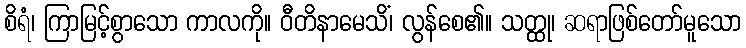
စိရံ၊ ကြာမြင့်စွာသော ကာလကို။ ဝီတိနာမေသိံ၊ လွန်စေ၏။ သတ္ထု၊ ဆရာဖြစ်တော်မူသော